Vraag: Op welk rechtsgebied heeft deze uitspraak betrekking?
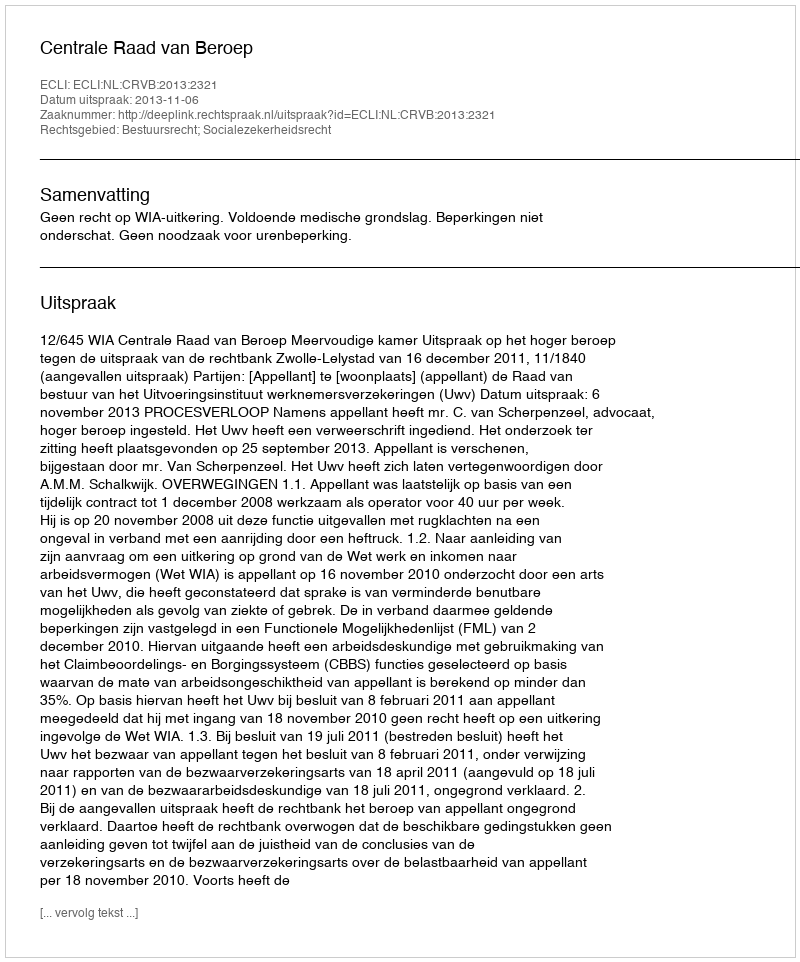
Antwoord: Bestuursrecht; Socialezekerheidsrecht